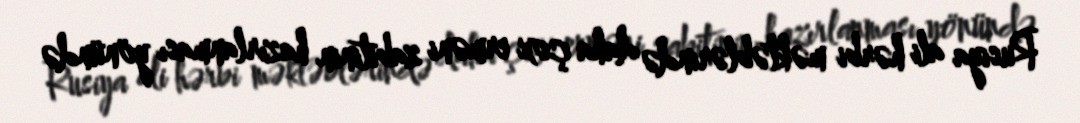
Rusiya ali hərbi məktəblərində daha çox erməni zabitinin hazırlanması yönündə